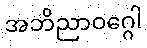
အဘိညာဝဂ္ဂေါ